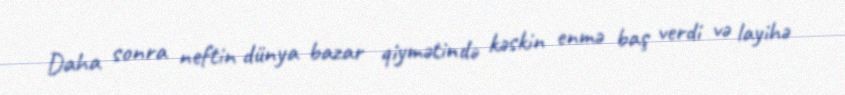
Daha sonra neftin dünya bazar qiymətində kəskin enmə baş verdi və layihə